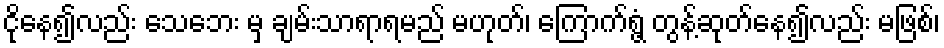
ငိုနေ၍လည်း သေဘေး မှ ချမ်းသာရာရမည် မဟုတ်၊ ကြောက်ရွံ့ တွန့်ဆုတ်နေ၍လည်း မဖြစ်၊